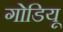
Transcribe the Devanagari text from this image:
गोडियू